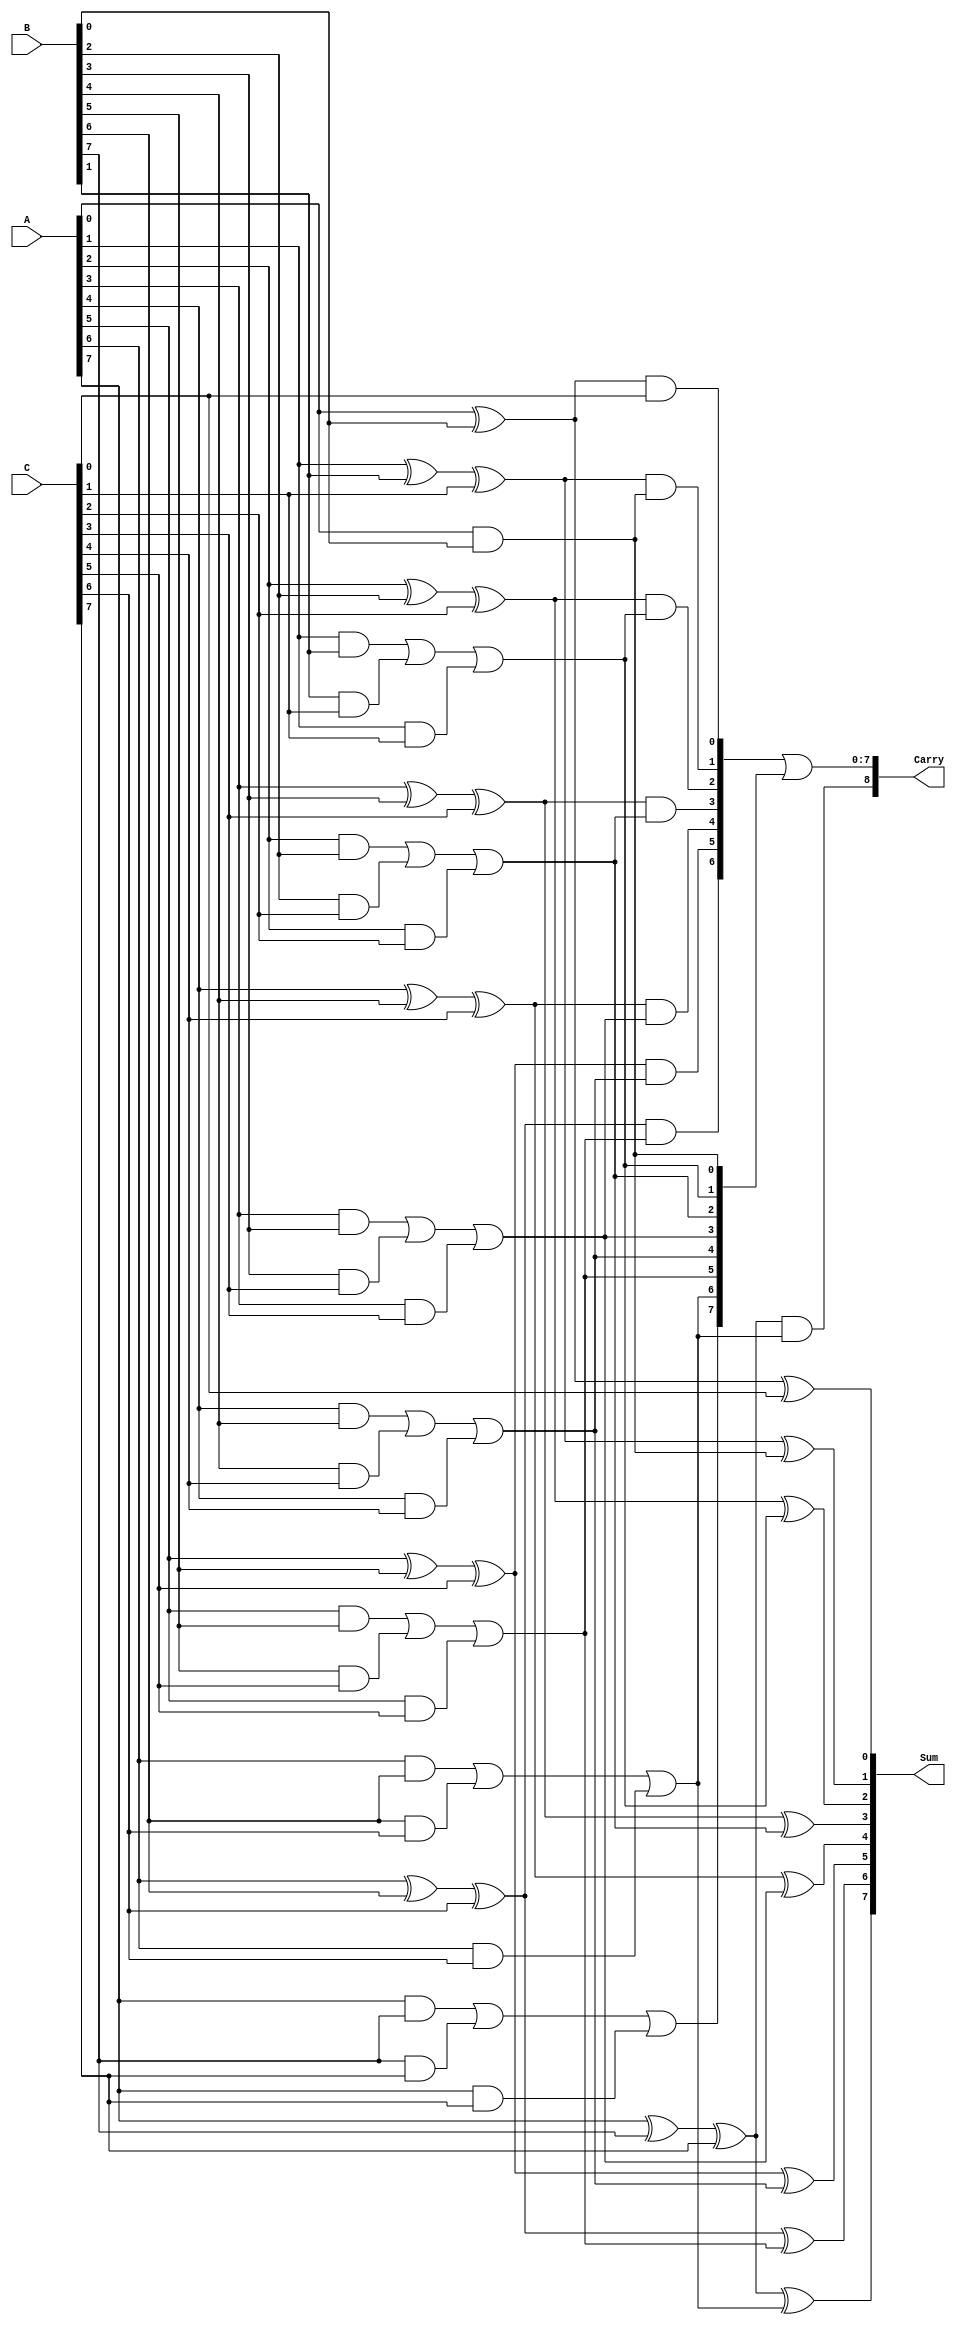
module ModifiedCarrySaveAdder #(parameter n = 8) (
    input [n-1:0] A,  // First operand
    input [n-1:0] B,  // Second operand
    input [n-1:0] C,  // Third operand
    output [n-1:0] Sum, // Final sum output
    output [n:0] Carry // Final carry output
);

    // Intermediate signals for partial sums and carries
    wire [n-1:0] P1, P2; // Partial sums
    wire [n-1:0] C1, C2; // Partial carries

    // Generate partial sums and carries
    genvar i;
    generate
        for (i = 0; i < n; i = i + 1) begin : adders
            if (i == 0) begin
                // For the least significant bit, use half adders
                assign P1[i] = A[i] ^ B[i]; // Sum of A and B
                assign C1[i] = A[i] & B[i]; // Carry from A and B
                assign P2[i] = P1[i] ^ C[i]; // Sum of previous sum and C
                assign C2[i] = P1[i] & C[i]; // Carry from previous sum and C
            end else begin
                // For other bits, use full adders
                assign P1[i] = A[i] ^ B[i] ^ C[i]; // Sum of A, B, and C
                assign C1[i] = (A[i] & B[i]) | (B[i] & C[i]) | (A[i] & C[i]); // Carry
                assign P2[i] = P1[i] ^ C1[i-1]; // Add carry from previous stage
                assign C2[i] = P1[i] & C1[i-1]; // Carry from previous stage
            end
        end
    endgenerate

    // Final carry propagation
    assign Sum = P2; // Final sum
    assign Carry = {C2[n-1], C2[n-2:0] | C1}; // Final carry

endmodule